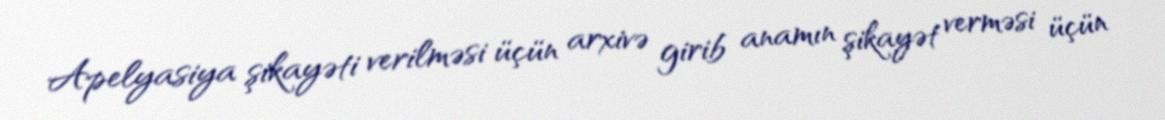
Apelyasiya şikayəti verilməsi üçün arxivə girib anamın şikayət verməsi üçün